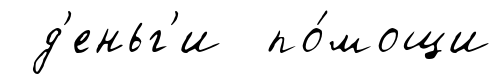
д'еньг'и по́мощи